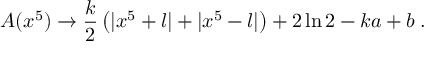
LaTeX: A ( x ^ { 5 } ) \rightarrow \frac { k } { 2 } \left( | x ^ { 5 } + l | + | x ^ { 5 } - l | \right) + 2 \ln 2 - k a + b \; .